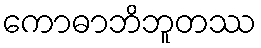
ကောဓာဘိဘူတဿ